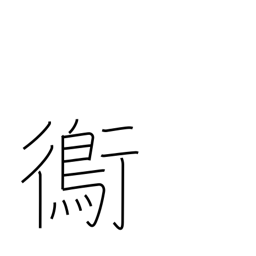
Meaning: plover